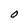
Character: 0